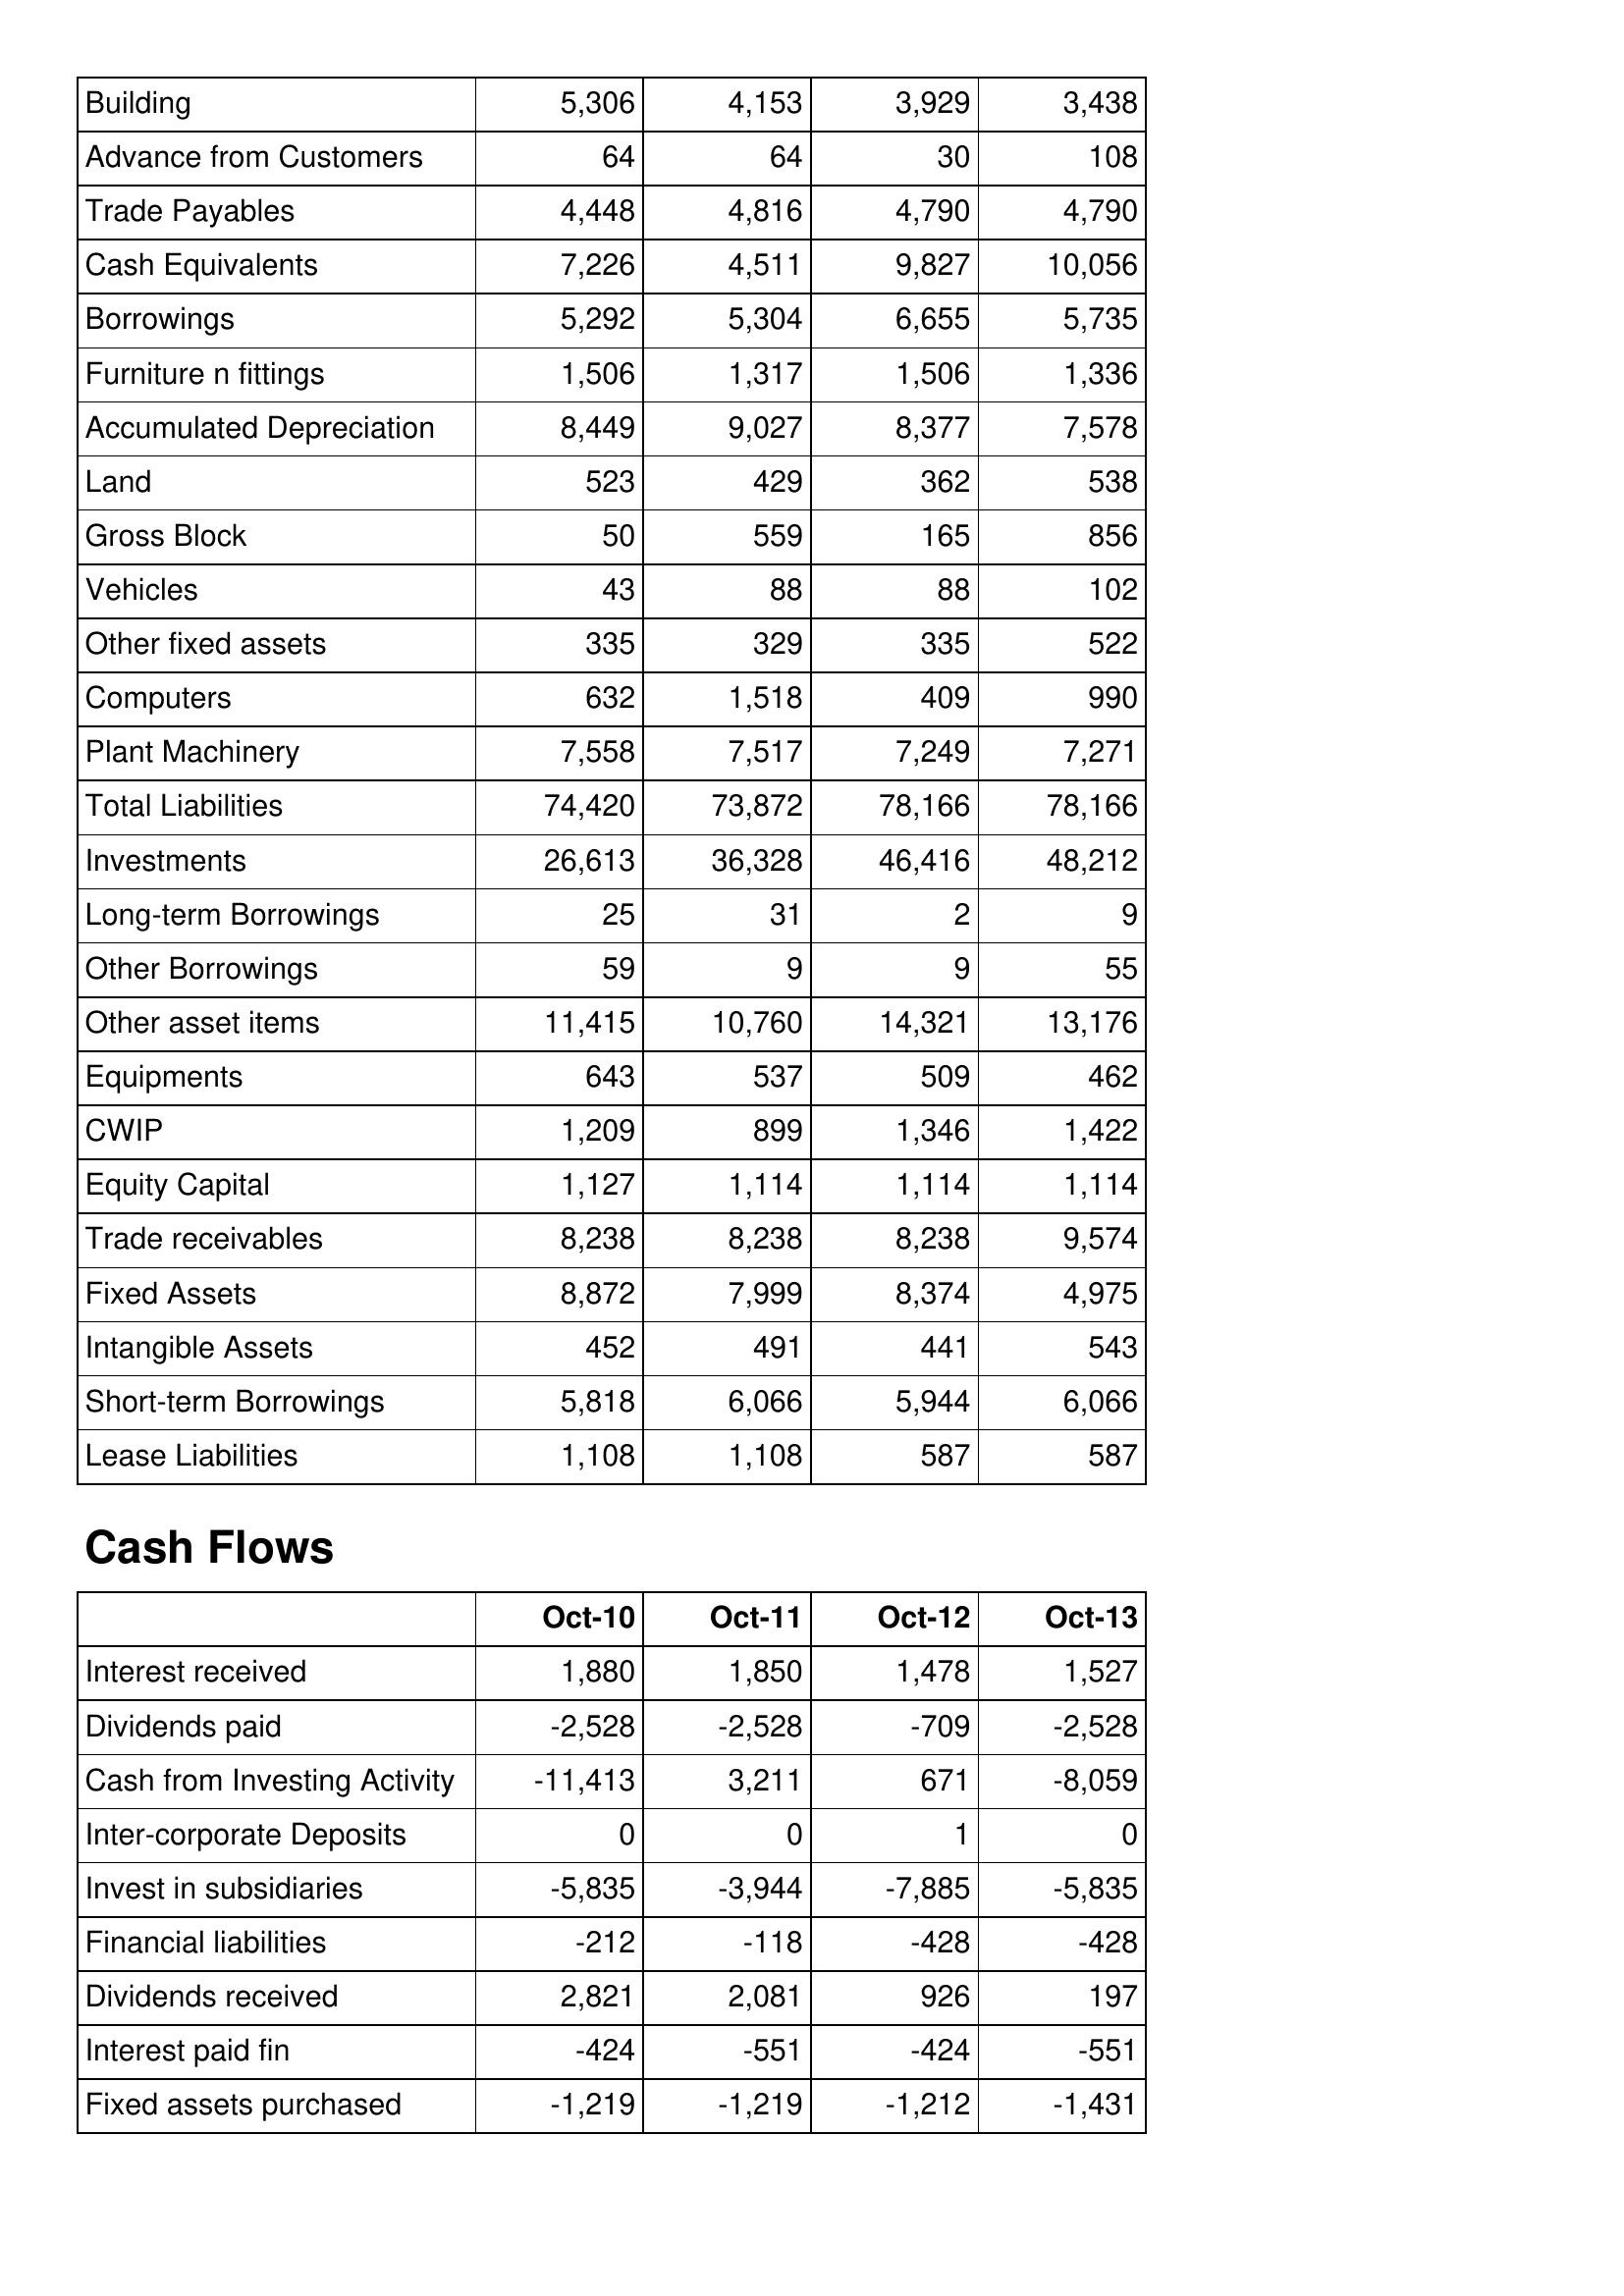
Oct-10: Balance Sheet: Building: 5,306
Advance from Customers: 64
Trade Payables: 4,448
Cash Equivalents: 7,226
Borrowings: 5,292
Furniture n fittings: 1,506
Accumulated Depreciation: 8,449
Land: 523
Gross Block: 50
Vehicles: 43
Other fixed assets: 335
Computers: 632
Plant Machinery: 7,558
Total Liabilities: 74,420
Investments: 26,613
Long-term Borrowings: 25
Other Borrowings: 59
Other asset items: 11,415
Equipments: 643
CWIP: 1,209
Equity Capital: 1,127
Trade receivables: 8,238
Fixed Assets: 8,872
Intangible Assets: 452
Short-term Borrowings: 5,818
Lease Liabilities: 1,108
Cash Flows: Interest received: 1,880
Dividends paid: -2,528
Cash from Investing Activity: -11,413
Inter-corporate Deposits: 0
Invest in subsidiaries: -5,835
Financial liabilities: -212
Dividends received: 2,821
Interest paid fin: -424
Fixed assets purchased: -1,219
Oct-11: Balance Sheet: Building: 4,153
Advance from Customers: 64
Trade Payables: 4,816
Cash Equivalents: 4,511
Borrowings: 5,304
Furniture n fittings: 1,317
Accumulated Depreciation: 9,027
Land: 429
Gross Block: 559
Vehicles: 88
Other fixed assets: 329
Computers: 1,518
Plant Machinery: 7,517
Total Liabilities: 73,872
Investments: 36,328
Long-term Borrowings: 31
Other Borrowings: 9
Other asset items: 10,760
Equipments: 537
CWIP: 899
Equity Capital: 1,114
Trade receivables: 8,238
Fixed Assets: 7,999
Intangible Assets: 491
Short-term Borrowings: 6,066
Lease Liabilities: 1,108
Cash Flows: Interest received: 1,850
Dividends paid: -2,528
Cash from Investing Activity: 3,211
Inter-corporate Deposits: 0
Invest in subsidiaries: -3,944
Financial liabilities: -118
Dividends received: 2,081
Interest paid fin: -551
Fixed assets purchased: -1,219
Oct-12: Balance Sheet: Building: 3,929
Advance from Customers: 30
Trade Payables: 4,790
Cash Equivalents: 9,827
Borrowings: 6,655
Furniture n fittings: 1,506
Accumulated Depreciation: 8,377
Land: 362
Gross Block: 165
Vehicles: 88
Other fixed assets: 335
Computers: 409
Plant Machinery: 7,249
Total Liabilities: 78,166
Investments: 46,416
Long-term Borrowings: 2
Other Borrowings: 9
Other asset items: 14,321
Equipments: 509
CWIP: 1,346
Equity Capital: 1,114
Trade receivables: 8,238
Fixed Assets: 8,374
Intangible Assets: 441
Short-term Borrowings: 5,944
Lease Liabilities: 587
Cash Flows: Interest received: 1,478
Dividends paid: -709
Cash from Investing Activity: 671
Inter-corporate Deposits: 1
Invest in subsidiaries: -7,885
Financial liabilities: -428
Dividends received: 926
Interest paid fin: -424
Fixed assets purchased: -1,212
Oct-13: Balance Sheet: Building: 3,438
Advance from Customers: 108
Trade Payables: 4,790
Cash Equivalents: 10,056
Borrowings: 5,735
Furniture n fittings: 1,336
Accumulated Depreciation: 7,578
Land: 538
Gross Block: 856
Vehicles: 102
Other fixed assets: 522
Computers: 990
Plant Machinery: 7,271
Total Liabilities: 78,166
Investments: 48,212
Long-term Borrowings: 9
Other Borrowings: 55
Other asset items: 13,176
Equipments: 462
CWIP: 1,422
Equity Capital: 1,114
Trade receivables: 9,574
Fixed Assets: 4,975
Intangible Assets: 543
Short-term Borrowings: 6,066
Lease Liabilities: 587
Cash Flows: Interest received: 1,527
Dividends paid: -2,528
Cash from Investing Activity: -8,059
Inter-corporate Deposits: 0
Invest in subsidiaries: -5,835
Financial liabilities: -428
Dividends received: 197
Interest paid fin: -551
Fixed assets purchased: -1,431